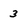
Character: 3